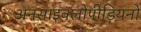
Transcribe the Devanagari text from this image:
अनसाइक्लोपीडियनों